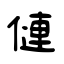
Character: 僆